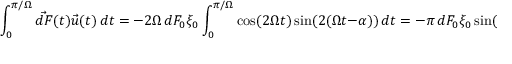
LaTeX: \int _ { 0 } ^ { \pi / \Omega } { \vec { d F } } ( t ) { \vec { u } } ( t ) \, d t = - 2 \Omega \, d F _ { 0 } \xi _ { 0 } \int _ { 0 } ^ { \pi / \Omega } \cos ( 2 \Omega t ) \sin ( 2 ( \Omega t - \alpha ) ) \, d t = - \pi \, d F _ { 0 } \xi _ { 0 } \sin ( 2 \alpha )